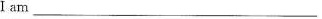
Iam_______________